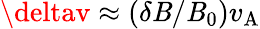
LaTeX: \deltav\approx(\delta\mathit{B}/\mathit{B}_{0})v_{\mathrm{{A}}}